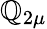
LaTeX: \mathbb{Q}_{2\mu}